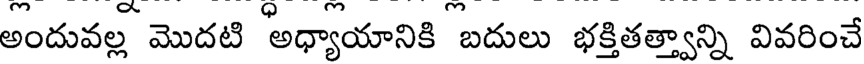
అందువల్ల మొదటి అధ్యాయానికి బదులు భక్తితత్వాన్ని వివరించే